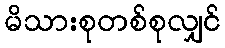
မိသားစုတစ်စုလျှင်